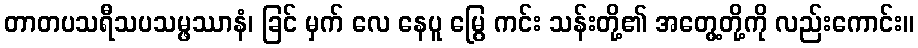
တာတပသရီသပသမ္ဖဿာနံ၊ ခြင် မှက် လေ နေပူ မြွေ ကင်း သန်းတို့၏ အတွေ့တို့ကို လည်းကောင်း။